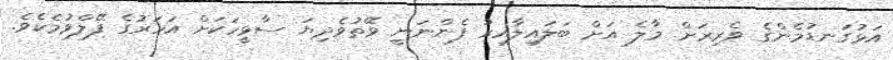
އަޅުގަނޑުމެންގެ ވެރިރަށް މާލެ އަށް ބަލައިލާއިރު ފެންނަނީ ވޭތުވެދިޔަ ސާޅީހަކަށް އަހަރުގެ ފޭލްވުމެކެވެ.